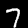
Label: 7